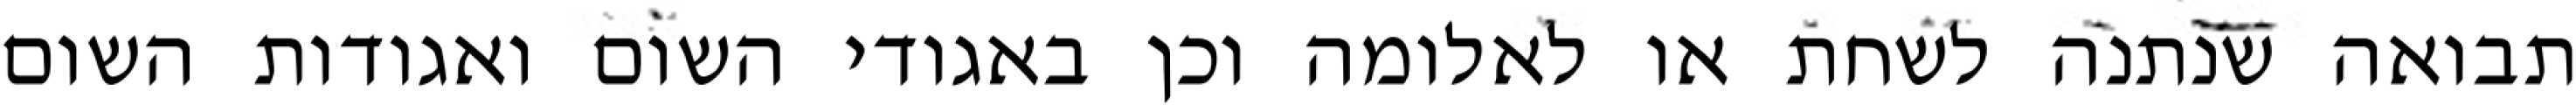
תבואה שנתנה לשחת או לאלומה וכן באגודי השום ואגודות השום